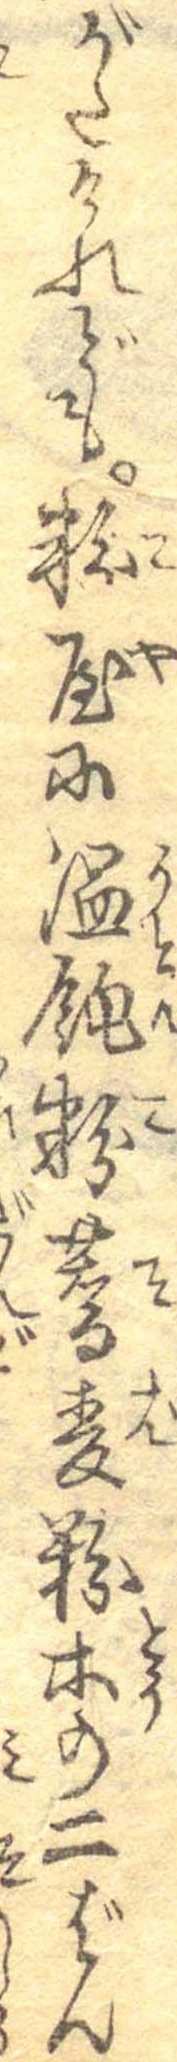
がたけれども粉屋に温飩粉蕎麦粉等の二ばん